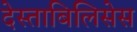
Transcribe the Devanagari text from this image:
देस्ताबिलिसेस